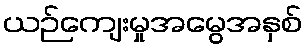
ယဉ်ကျေးမှုအမွေအနှစ်